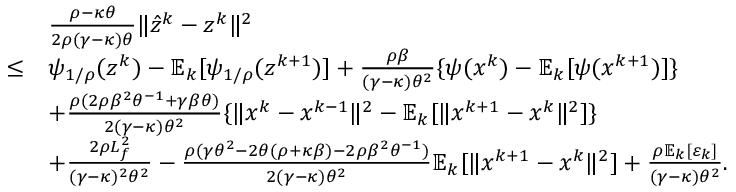
\begin{array} { r l } & { \frac { \rho - \kappa \theta } { 2 \rho ( \gamma - \kappa ) \theta } \| \hat { z } ^ { k } - z ^ { k } \| ^ { 2 } } \\ { \leq } & { \psi _ { 1 / \rho } ( z ^ { k } ) - \mathbb { E } _ { k } [ \psi _ { 1 / \rho } ( z ^ { k + 1 } ) ] + \frac { \rho \beta } { ( \gamma - \kappa ) \theta ^ { 2 } } \{ \psi ( x ^ { k } ) - \mathbb { E } _ { k } [ \psi ( x ^ { k + 1 } ) ] \} } \\ & { + \frac { \rho ( 2 \rho \beta ^ { 2 } \theta ^ { - 1 } + \gamma \beta \theta ) } { 2 ( \gamma - \kappa ) \theta ^ { 2 } } \{ \| x ^ { k } - x ^ { k - 1 } \| ^ { 2 } - \mathbb { E } _ { k } [ \| x ^ { k + 1 } - x ^ { k } \| ^ { 2 } ] \} } \\ & { + \frac { 2 \rho L _ { f } ^ { 2 } } { ( \gamma - \kappa ) ^ { 2 } \theta ^ { 2 } } - \frac { \rho ( \gamma \theta ^ { 2 } - 2 \theta ( \rho + \kappa \beta ) - 2 \rho \beta ^ { 2 } \theta ^ { - 1 } ) } { 2 ( \gamma - \kappa ) \theta ^ { 2 } } \mathbb { E } _ { k } [ \| x ^ { k + 1 } - x ^ { k } \| ^ { 2 } ] + \frac { \rho \mathbb { E } _ { k } [ \varepsilon _ { k } ] } { ( \gamma - \kappa ) \theta ^ { 2 } } . } \end{array}